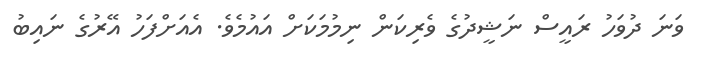
ވަނަ ދުވަހު ރައީސް ނަޝީދުގެ ވެރިކަން ނިމުމަކަށް އައުމެވެ. އެއަށްފަހު އޭރުގެ ނައިބު